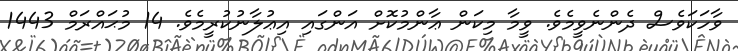
ވާހަކަވެސް ދެންނެވީމެވެ. ވީމާ މިކަން ޢާންމުކޮށް އަންގައި އިޢުލާނުކުރީމެވެ. 14 މުޙައްރަމް 1443